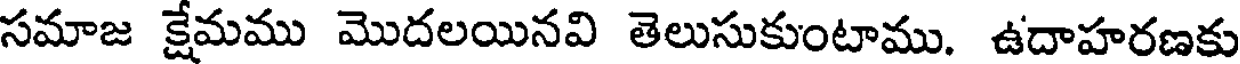
సమాజ క్షేమము మొదలయినవి తెలుసుకుంటాము. ఉదాహరణకు